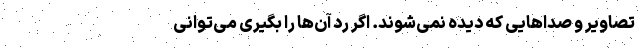
تصاویر و صدا‌هایی که دیده نمی‌شوند. اگر رد آن‌ها را بگیری می‌توانی